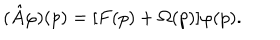
( \hat { A } \varphi ) ( p ) = [ F ( p ) + \Omega ( p ) ] \varphi ( p ) .